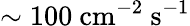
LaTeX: \mathrm{{\sim 100}~cm^{-2}~s^{-1}}